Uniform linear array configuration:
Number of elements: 4
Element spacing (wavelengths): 0.75
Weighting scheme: hamming
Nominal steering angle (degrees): -15
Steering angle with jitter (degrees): -13.605
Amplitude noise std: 0.05
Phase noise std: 0.05

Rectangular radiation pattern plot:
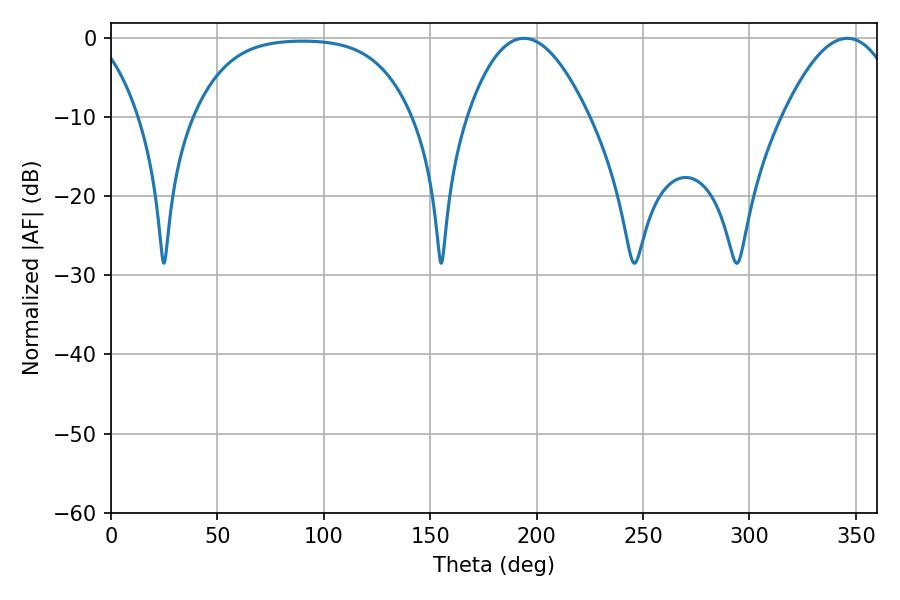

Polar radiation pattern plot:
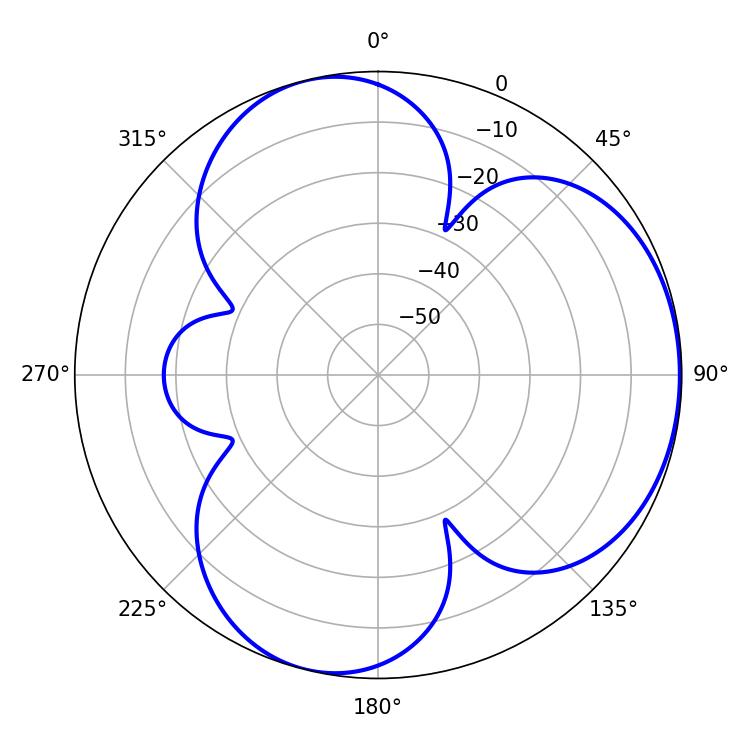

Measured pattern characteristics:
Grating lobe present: TRUE
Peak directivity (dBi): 4.42
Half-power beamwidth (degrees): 31.32
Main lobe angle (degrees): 194.04